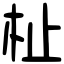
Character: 杫